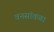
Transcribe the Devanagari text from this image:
वनसांवळा